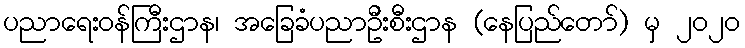
ပညာရေးဝန်ကြီးဌာန၊ အခြေခံပညာဦးစီးဌာန (နေပြည်တော်) မှ ၂၀၂၀